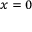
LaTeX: \scriptstyle x \; = \; 0